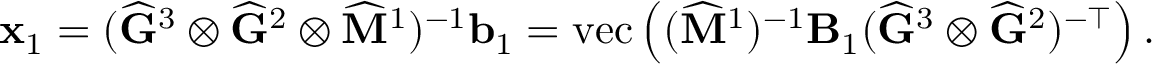
\mathbf { x } _ { 1 } = ( \widehat { \mathbf { G } } ^ { 3 } \otimes \widehat { \mathbf { G } } ^ { 2 } \otimes \widehat { \mathbf { M } } ^ { 1 } ) ^ { - 1 } \mathbf { b } _ { 1 } = \mathrm { v e c } \left( ( \widehat { \mathbf { M } } ^ { 1 } ) ^ { - 1 } \mathbf { B } _ { 1 } ( \widehat { \mathbf { G } } ^ { 3 } \otimes \widehat { \mathbf { G } } ^ { 2 } ) ^ { - \top } \right) .